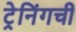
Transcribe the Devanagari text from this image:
ट्रेनिंगची